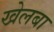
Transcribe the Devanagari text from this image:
खेलबा